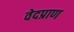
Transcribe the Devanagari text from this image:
वेदप्राण